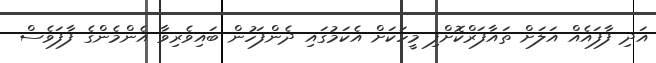
އަދި ފާފައެއް އަލަށް ތައާފަރްކޮށްފި މީހަކަށް އެކަމުގައި ދެންފަހުން ބައިވެރިވާ އެންމެންގެ ފާފަވެސް